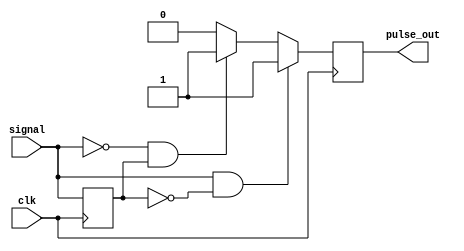
module pulse_edge_detector (
    input wire signal,        // Digital input signal
    input wire clk,          // Clock signal for synchronization
    output reg pulse_out     // Output pulse indicating edge detection
);

    reg prev_signal;         // Register to store the previous state of the signal

    // Always block to detect the rising and falling edges
    always @(posedge clk) begin
        // Capture the current state of the signal
        // Detect edges and generate pulse accordingly
        if (signal && !prev_signal) begin
            // Rising edge detected
            pulse_out <= 1'b1;  // Generate pulse
        end else if (!signal && prev_signal) begin
            // Falling edge detected
            pulse_out <= 1'b1;  // Generate pulse
        end else begin
            pulse_out <= 1'b0;   // No edge detected
        end

        // Update the previous state of the signal
        prev_signal <= signal;
    end

endmodule